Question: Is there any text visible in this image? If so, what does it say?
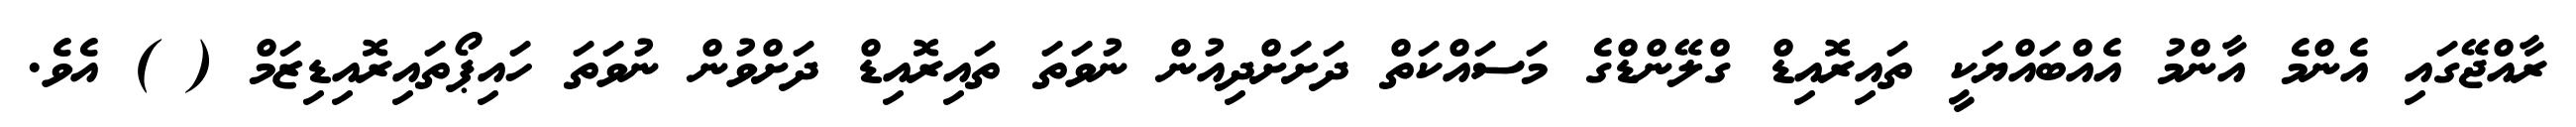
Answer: ރާއްޖޭގައި އެންމެ އާންމު އެއްބައްޔަކީ ތައިރޮއިޑް ގްލޭންޑްގެ މަސައްކަތް ދަށަށްދިއުން ނުވަތަ ތައިރޮއިޑް ދަށްވުން ނުވަތަ ހައިޕޯތައިރޮއިޑިޒަމް ( ) އެވެ.